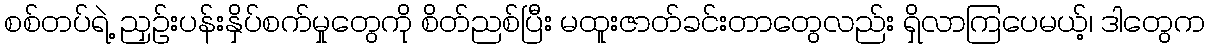
စစ်တပ်ရဲ့ ညှဉ်းပန်းနှိပ်စက်မှုတွေကို စိတ်ညစ်ပြီး မထူးဇာတ်ခင်းတာတွေလည်း ရှိလာကြပေမယ့်၊ ဒါတွေက